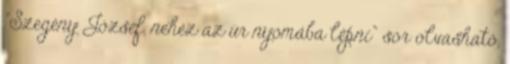
"Szegény József, nehéz az úr nyomába lépni" sor olvasható,